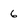
Character: 6